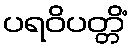
ပရဝိပတ္တိံ